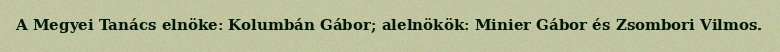
A Megyei Tanács elnöke: Kolumbán Gábor; alelnökök: Minier Gábor és Zsombori Vilmos.